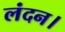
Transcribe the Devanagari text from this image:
लंदन।